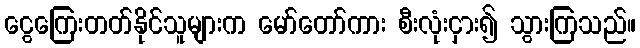
ငွေကြေးတတ်နိုင်သူများက မော်တော်ကား စီးလုံးငှား၍ သွားကြသည်။